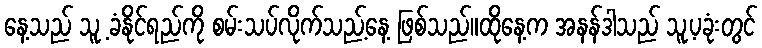
နေ့သည် သူ့ ခံနိုင်ရည်ကို စမ်းသပ်လိုက်သည့်နေ့ ဖြစ်သည်။ထိုနေ့က အနန်ဒါသည် သူ့ပခုံးတွင်